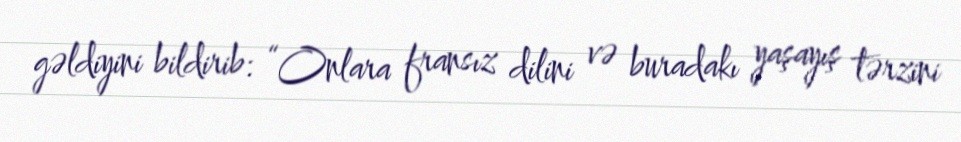
gəldiyini bildirib: “Onlara fransız dilini və buradakı yaşayış tərzini